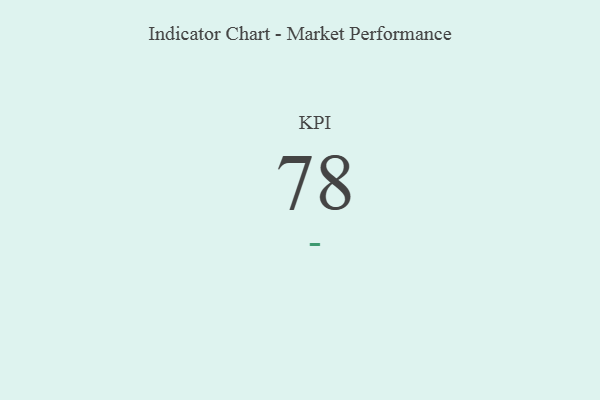
{"axis": {"x": "KPI", "y": "Value"}, "legend": [""], "data": [{"x": "KPI", "y": 78, "type": ""}]}